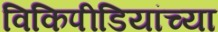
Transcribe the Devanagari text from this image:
विकिपीडियांच्या